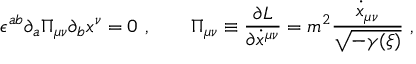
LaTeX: \epsilon ^ { a b } \partial _ { a } \Pi _ { \mu \nu } \partial _ { b } x ^ { \nu } = 0 \ , \qquad \Pi _ { \mu \nu } \equiv { \frac { \partial L } { \partial \dot { x } ^ { \mu \nu } } } = m ^ { 2 } { \frac { \dot { x } _ { \mu \nu } } { \sqrt { - \gamma ( { \xi } ) } } } \ ,